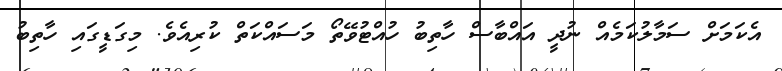
އެކަމަށް ސަމާލުކަމެއް ނުދީ އައްބާސް ހާތިބު ހުއްޓުވޭތޯ މަސައްކަތް ކުރިއެވެ. މިގަޑީގައި ހާތިބު